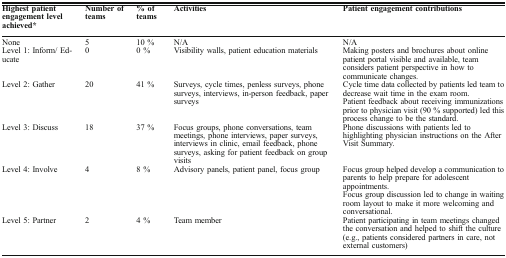
| Highest patient engagement level achieved* | Number of teams | % of teams | Activities | Patient engagement contributions |
 | --- | --- | --- | --- | --- |
 | None | 5 | 10 % | N/A | N/A |
 | Level 1: Inform/ Educate | 0 | 0 % | Visibility walls, patient education materials | Making posters and brochures about online patient portal visible and available, team considers patient perspective in how to communicate changes. |
 | Level 2: Gather | 20 | 41 % | Surveys, cycle times, penless surveys, phone surveys, interviews, in-person feedback, paper surveys | Cycle time data collected by patients led team to decrease wait time in the exam room.Patient feedback about receiving immunizations prior to physician visit (90 % supported) led this process change to be the standard. |
 | Level 3: Discuss | 18 | 37 % | Focus groups, phone conversations, team meetings, phone interviews, paper surveys, interviews in clinic, email feedback, phone surveys, asking for patient feedback on group visits | Phone discussions with patients led to highlighting physician instructions on the After Visit Summary. |
 | Level 4: Involve | 4 | 8 % | Advisory panels, patient panel, focus group | Focus group helped develop a communication to parents to help prepare for adolescent appointments.Focus group discussion led to change in waiting room layout to make it more welcoming and conversational. |
 | Level 5: Partner | 2 | 4 % | Team member | Patient participating in team meetings changed the conversation and helped to shift the culture (e.g., patients considered partners in care, not external customers) |